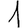
Digit: 1